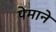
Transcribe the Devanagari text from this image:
पेमाने